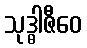
သုဒ္ဓါဇီဝေ